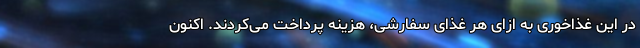
در این غذاخوری به ازای هر غذای سفارشی، هزینه پرداخت می‌کردند. اکنون